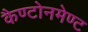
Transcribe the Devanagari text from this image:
कैण्टोनमेण्ट